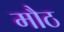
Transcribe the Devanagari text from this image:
मौठ